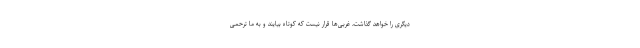
دیگری را خواهد گذاشت، غربی‌ها قرار نیست که کوتاه بیایند و به ما ترحمی